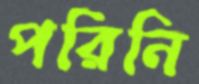
পরিনি